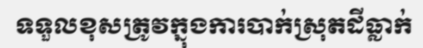
ទទួលខុសត្រូវក្នុងការបាក់ស្រុតដីធ្លាក់